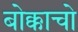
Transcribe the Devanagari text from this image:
बोक्काचो